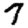
Digit: 7